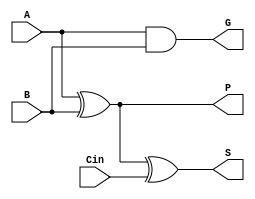
module cla_1bit(A, B, Cin, S, G, P);

input A, B, Cin;
output S, G, P;

assign G = A & B;
assign P = A ^ B;
assign S = P ^ Cin;

endmodule